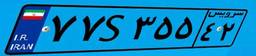
۵۳S۰۵۴۰۵